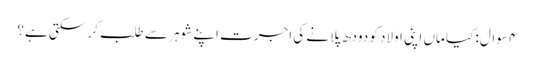
۴ سوال: کیا ماں اپنی اولاد کو دودھ پلانے کی اجرت اپنے شوہر سے طلب کر سکتی ہے؟